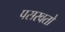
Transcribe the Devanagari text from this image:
पसरवतो